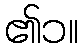
၏၁။